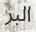
البر